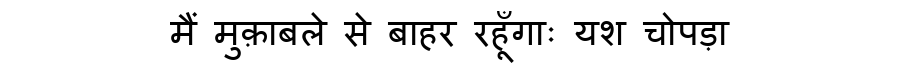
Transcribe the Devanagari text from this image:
मैं मुक़ाबले से बाहर रहूँगाः यश चोपड़ा